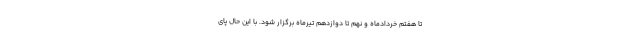
تا هفتم خردادماه و نهم تا دوازدهم تیرماه برگزار شود. با این حال پای